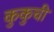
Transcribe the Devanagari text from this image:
कुकुची